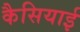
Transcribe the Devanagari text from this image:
कैसियाई